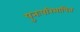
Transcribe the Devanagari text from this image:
पुनःपरिभाषित